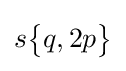
s{\begin{Bmatrix}q,2p\end{Bmatrix}}